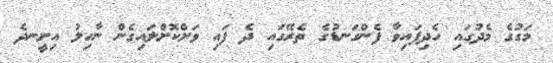
މަގުގެ މެދުގައި ހެދިފައިވާ ފެންގަނޑުގެ ތެރޭގައި ދެ ފައި ވަށްކޮށްލައިގެން ނާހިލު އިށީނދެ